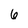
Character: 6